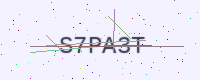
Text: S7PA3T